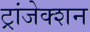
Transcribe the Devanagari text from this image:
ट्रांजेक्‍शन